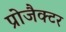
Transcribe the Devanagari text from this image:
प्रोजैक्टर